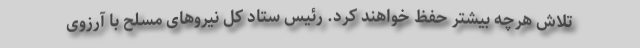
تلاش هرچه بیشتر حفظ خواهند کرد. رئیس ستاد کل نیروهای مسلح با آرزوی